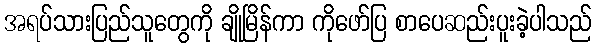
အရပ်သားပြည်သူတွေကို ချိုမြိန်ကာ ကိုဖော်ပြ စာပေဆည်းပူးခဲ့ပါသည်